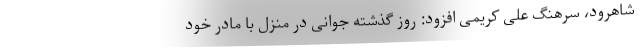
شاهرود، سرهنگ علی کریمی افزود: روز گذشته جوانی در منزل با مادر خود